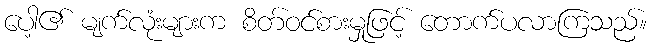
ပေါ့၏ မျက်လုံးများက စိတ်ဝင်စားမှုဖြင့် တောက်ပလာကြသည်။